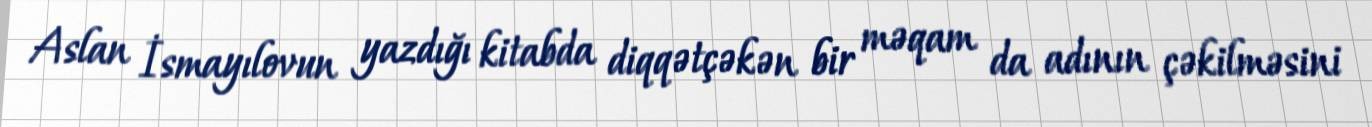
Aslan İsmayılovun yazdığı kitabda diqqətçəkən bir məqam da adının çəkilməsini